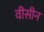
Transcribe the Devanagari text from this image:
वीसीन